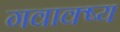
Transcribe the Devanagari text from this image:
गवाक्ष्य